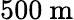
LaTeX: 500~\mathrm{m}